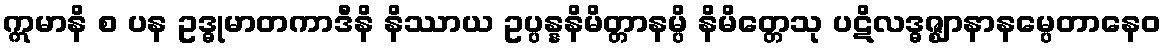
ဣမာနိ စ ပန ဥဒ္ဓုမာတကာဒီနိ နိဿာယ ဥပ္ပန္နနိမိတ္တာနမ္ပိ နိမိတ္တေသု ပဋိလဒ္ဓဇ္ဈာနာနမ္ပေတာနေဝ